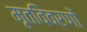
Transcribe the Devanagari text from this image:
मृतविवरणों